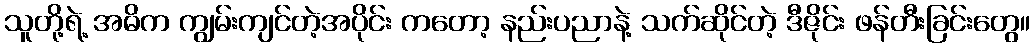
သူတို့ရဲ့ အဓိက ကျွမ်းကျင်တဲ့အပိုင်း ကတော့ နည်းပညာနဲ့ သက်ဆိုင်တဲ့ ဒီဇိုင်း ဖန်တီးခြင်းတွေ။